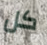
كل